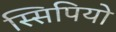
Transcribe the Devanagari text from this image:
स्सिपियो